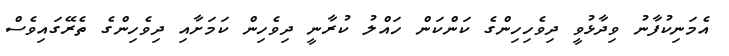
އެމަނިކުފާނު ވިދާޅުވީ ދިވެހިހިންގެ ކަންކަން ހައްލު ކުރާނީ ދިވެހިން ކަމަށާއި ދިވެހިންގެ ތެރޭގައިވެސް